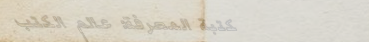
مكتبة المعرفة: عالم الكتب